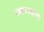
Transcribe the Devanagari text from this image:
पक्षाध्यक्षांचा